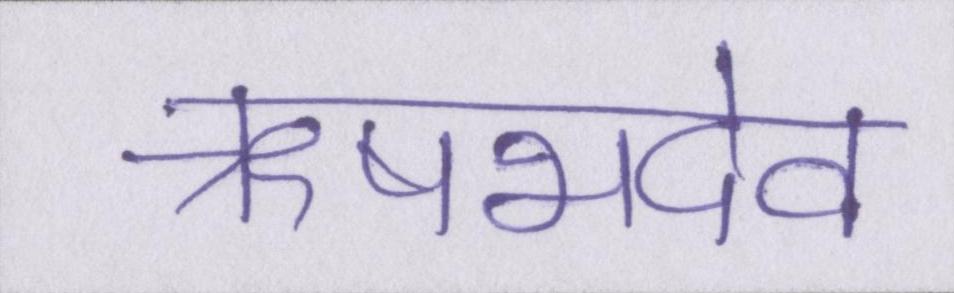
ऋषभदेव